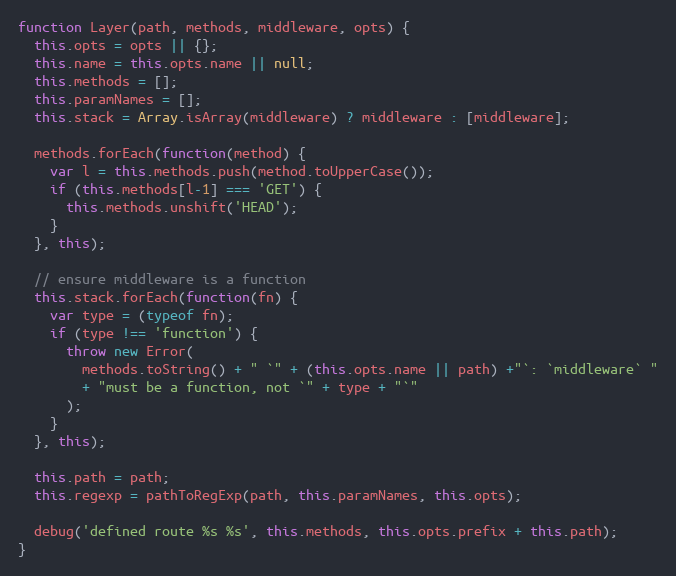
Language: JavaScript
function Layer(path, methods, middleware, opts) {
  this.opts = opts || {};
  this.name = this.opts.name || null;
  this.methods = [];
  this.paramNames = [];
  this.stack = Array.isArray(middleware) ? middleware : [middleware];

  methods.forEach(function(method) {
    var l = this.methods.push(method.toUpperCase());
    if (this.methods[l-1] === 'GET') {
      this.methods.unshift('HEAD');
    }
  }, this);

  // ensure middleware is a function
  this.stack.forEach(function(fn) {
    var type = (typeof fn);
    if (type !== 'function') {
      throw new Error(
        methods.toString() + " `" + (this.opts.name || path) +"`: `middleware` "
        + "must be a function, not `" + type + "`"
      );
    }
  }, this);

  this.path = path;
  this.regexp = pathToRegExp(path, this.paramNames, this.opts);

  debug('defined route %s %s', this.methods, this.opts.prefix + this.path);
}